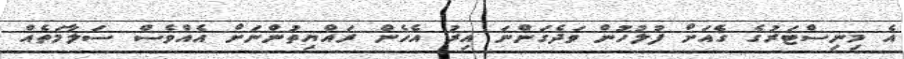
އެ މިނިސްޓަރުގެ ގެއަށް ފުލުހުން ވަދެގަންނަ އިރު އެހެން ރައްޔިތުންނަށް އެއްވެސް ސަލާމަތެއް